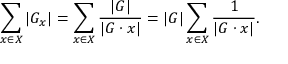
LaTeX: \sum _ { x \in X } | G _ { x } | = \sum _ { x \in X } { \frac { | G | } { | G \cdot x | } } = | G | \sum _ { x \in X } { \frac { 1 } { | G \cdot x | } } .